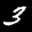
Label: 3